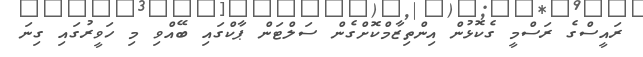
ރައީސްގެ ރަސްމީ ގެކޮޅުން އިންތިޒާމްކޮށްގެން ސަލްޓަން ޕާކްގައި ބޭއްވި މި ހަވީރުގައި ގިނަ